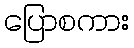
ပြောစကား